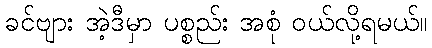
ခင်ဗျား အဲ့ဒီမှာ ပစ္စည်း အစုံ ဝယ်လို့ရမယ်။